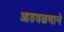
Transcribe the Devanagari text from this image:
आडवळणाने